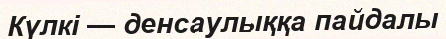
Күлкі — денсаулыққа пайдалы